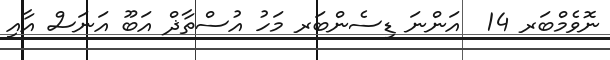
ނޮވެމްބަރ 14  އަންނަ ޑިސެންބަރ މަހު އުސްތާޛް އަބޫ އަނަސް އާއި